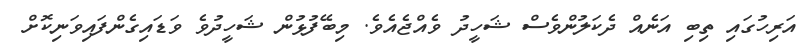
އަރިހުގައި ތިބި އަނެއް ދެކަލުންވެސް ޝަހީދު ވެއްޖެއެވެ. މިބޭފުޅުން ޝަހީދުވެ ވަޑައިގެންފައިވަނިކޮށް